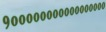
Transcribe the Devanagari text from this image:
१०००००००००००००००००